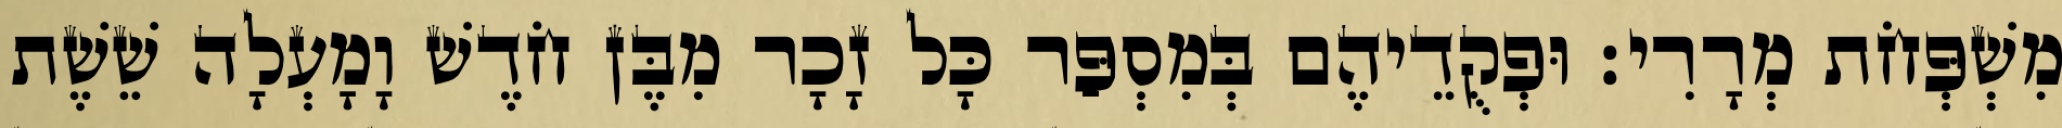
מִשְׁפְּחֹת מְרָרִי׃ וּפְקֻדֵיהֶם בְּמִסְפַּר כָּל זָכָר מִבֶּן חֹדֶשׁ וָמָעְלָה שֵׁשֶׁת